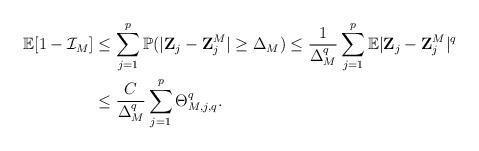
LaTeX: \begin{align*}\mathbb{E}[1-\mathcal{I}_M] & \leq \sum_{j=1}^p \mathbb{P}(|\mathbf{Z}_j-\mathbf{Z}_j^M| \geq \Delta_M) \leq \frac{1}{\Delta_M^q} \sum_{j=1}^p \mathbb{E}|\mathbf{Z}_j-\mathbf{Z}_j^M|^q \\& \leq \frac{C}{\Delta_M^q} \sum_{j=1}^p \Theta^q_{M,j,q}.\end{align*}